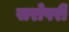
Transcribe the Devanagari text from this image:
सरोपरी